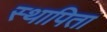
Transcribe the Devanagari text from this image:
स्थापिता